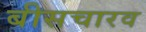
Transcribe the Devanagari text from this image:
बीसचारव